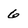
Character: 6